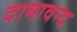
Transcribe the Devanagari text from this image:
दामावन्द